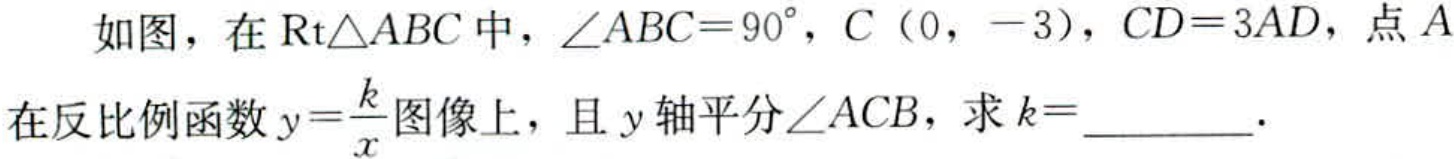
如图，在$\text{Rt}\triangle ABC$中，$\angle ABC = 90^{\circ}$，$C(0,-3)$，$CD = 3AD$，点$A$在反比例函数$y=\dfrac{k}{x}$图像上，且$y$轴平分$\angle ACB$，求$k =$ .